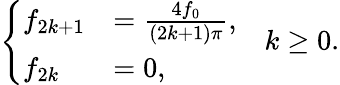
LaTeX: \left\{ \begin{array}{ll}{f_{2k+1}}&{=\frac{4f_{0}}{(2k+1)\pi},}\\ {f_{2k}}&{=0,}\end{array}\right.\quad k\ge 0.